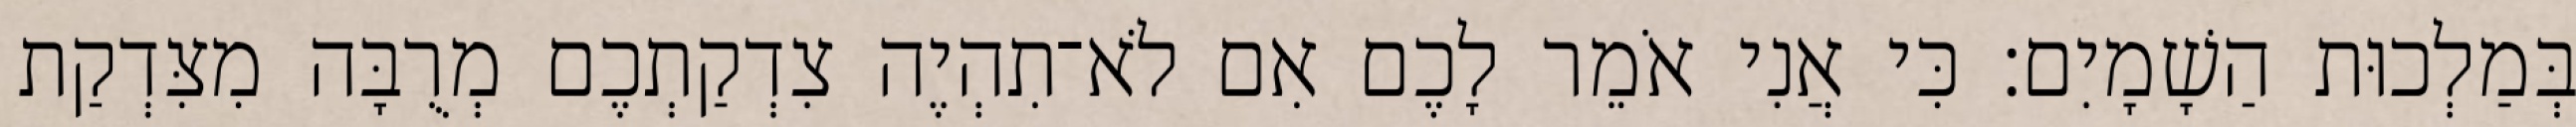
בְּמַלְכוּת הַשָׁמָיִם׃ כִּי אֲנִי אֹמֵר לָכֶם אִם לֹא־תִהְיֶה צִדְקַתְכֶם מְרֻבָּה מִצִּדְקַת